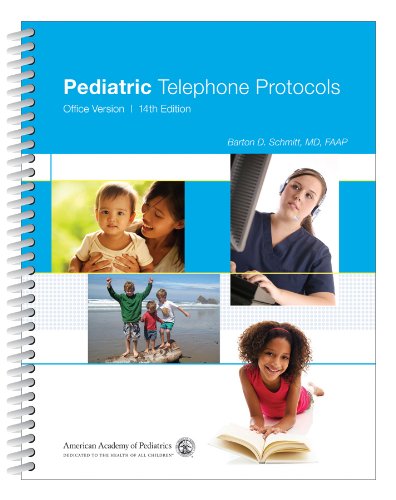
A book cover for Pediatric Telephone Protocols: Office Version; Barton D. Schmitt MD  FAAP; Medical Books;